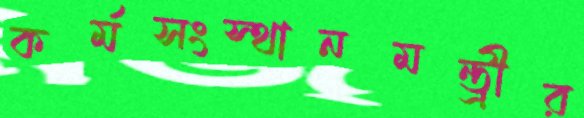
কর্মসংস্থানমন্ত্রীর